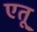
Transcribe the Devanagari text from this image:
एतू